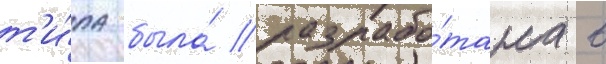
т'и́па была́ разрабо́тана в